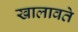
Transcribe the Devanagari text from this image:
खालावते